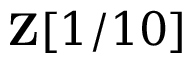
\mathbf { Z } [ 1 / 1 0 ]